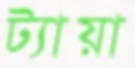
ট্যায়া